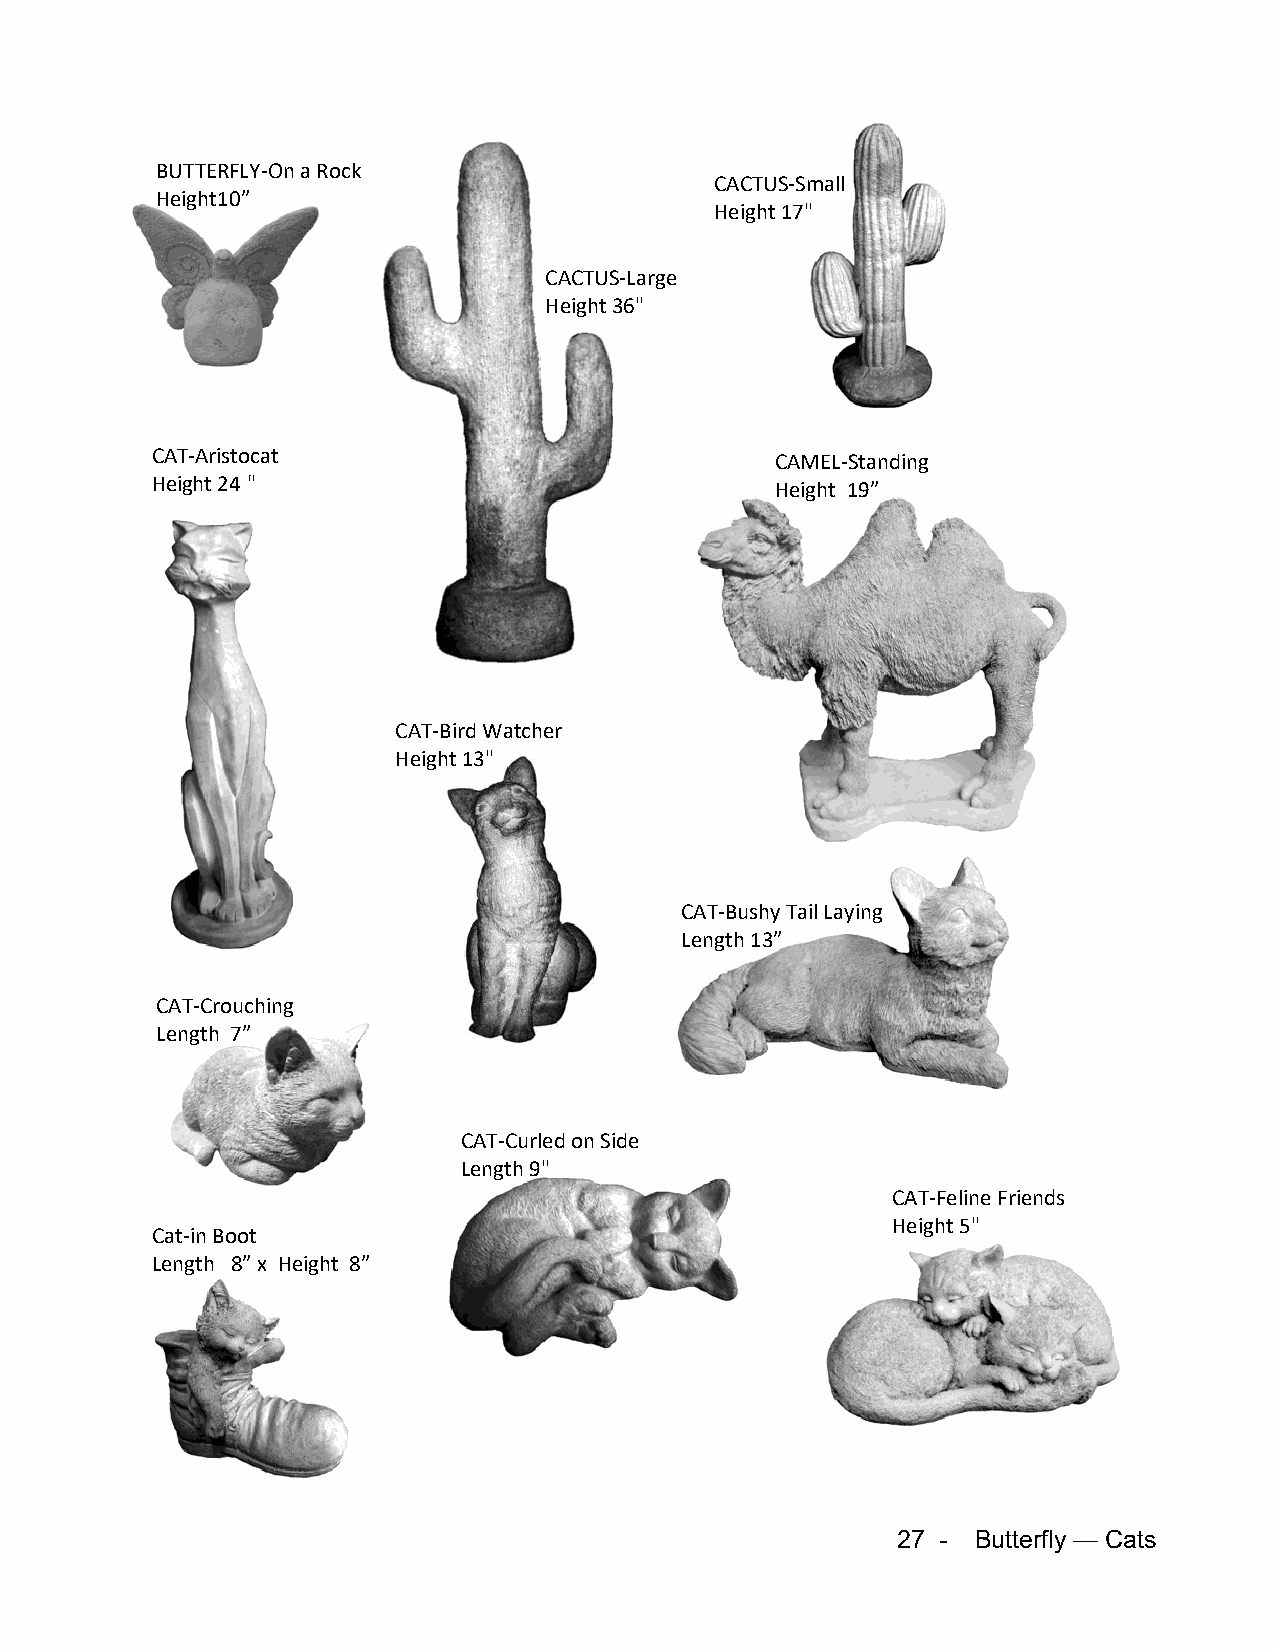
BUTTERFLY-On a Rock
 CACTUS-Small
 Height10”
 Height 17"
 CACTUS-Large
 Height 36"
 CAT-Aristocat                            CAMEL-Standing
 Height 24 "                              Height 19”
 CAT-Bird Watcher
 Height 13"
 CAT-Bushy Tail Laying
 Length 13”
 CAT-Crouching
 Length 7”
 CAT-Curled on Side
 Length 9"
 CAT-Feline Friends
 Height 5"
 Cat-in Boot
 Length 8” x Height 8”
 27 -  Butterfly — Cats